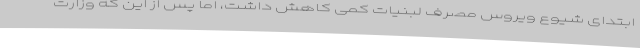
ابتدای شیوع ویروس مصرف لبنیات کمی کاهش داشت، اما پس از این که وزارت